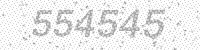
Solution: 554545